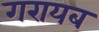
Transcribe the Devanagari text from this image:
गरायब